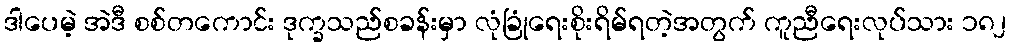
ဒါပေမဲ့ အဲဒီ စစ်တကောင်း ဒုက္ခသည်စခန်းမှာ လုံခြုံရေးစိုးရိမ်ရတဲ့အတွက် ကူညီရေးလုပ်သား ၁၈၂